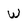
Character: W